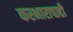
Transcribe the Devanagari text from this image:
करभाराचाही